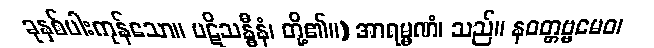
ခုနှစ်ပါးကုန်သော။ ပဋိသန္ဓီနံ၊ တို့၏။) အာရမ္မဏံ၊ သည်။ နဝတ္တဗ္ဗမေဝ၊